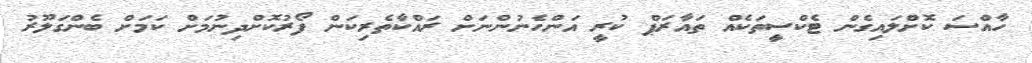
ހާއްސަ ކޮށްލައިގެން ޓެކްސީތަކެއް ތައާރަޕް ކުރީ އަންހެނުންނަށް ރައްކާތެރިކަން ފޯރުކޮށްދިނުމަށް ކަމަށް ބެންގަލޫރު